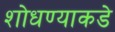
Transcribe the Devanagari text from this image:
शोधण्याकडे